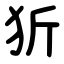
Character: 㹞